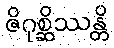
ဇိဂုစ္ဆိဿန္တိ